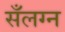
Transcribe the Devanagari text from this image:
सँलग्न